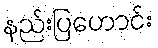
နည်းပြဟောင်း